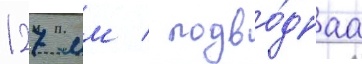
127 мм / подво́днаа